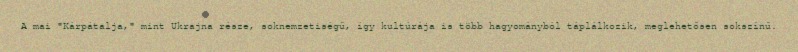
A mai "Kárpátalja," mint Ukrajna része, soknemzetiségű, így kultúrája is több hagyományból táplálkozik, meglehetősen sokszínű.